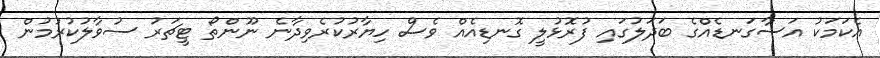
އެކަމަކު އަސާގަނޑެއްގެ ބަދަލުގައި ފުރޮޅުލީ ގޮނޑިއެއް ވެސް ހިޔާރުކުރެވިދާނެ ނޫންތޯ ޓީޗަރު ސުވާލުކުރުމުން